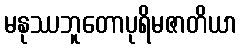
မနုဿဘူတောပုရိမဇာတိယာ